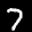
Label: 7